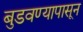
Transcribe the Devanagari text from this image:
बुडवण्यापासून